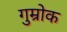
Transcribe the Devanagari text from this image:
गुम्रोक